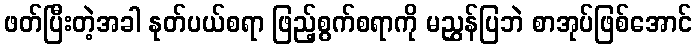
ဖတ်ပြီးတဲ့အခါ နုတ်ပယ်စရာ ဖြည့်စွက်စရာကို မညွှန်ပြဘဲ စာအုပ်ဖြစ်အောင်